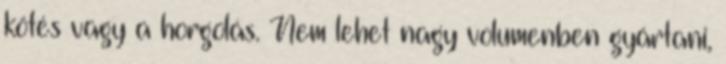
kötés vagy a horgolás. Nem lehet nagy volumenben gyártani,